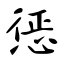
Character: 惩